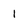
Character: 1